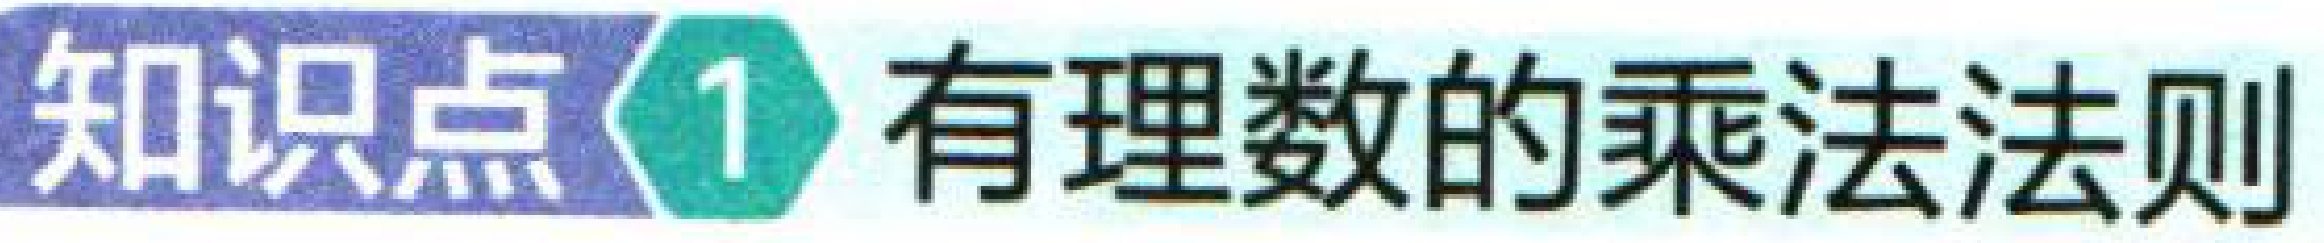
知识点\(1\) 有理数的乘法法则